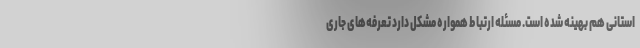
استانی هم بهینه شده است. مسئله ارتباط همواره مشکل دارد تعرفه‌های جاری